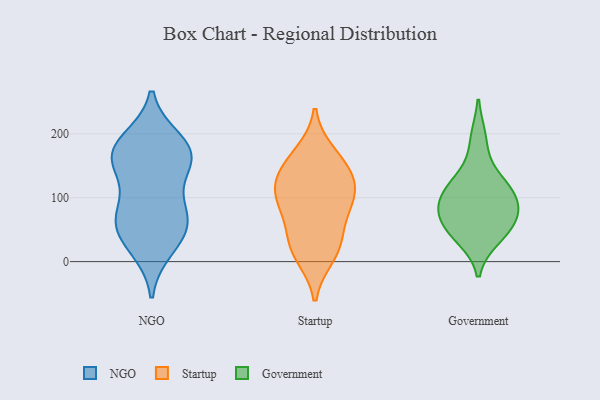
{"axis": {"x": "Inventory Turnover", "y": "Value"}, "legend": ["Government", "NGO", "Startup"], "data": [{"x": "", "y": 42, "type": "NGO"}, {"x": "", "y": 164, "type": "NGO"}, {"x": "", "y": 167, "type": "NGO"}, {"x": "", "y": 76, "type": "NGO"}, {"x": "", "y": 154, "type": "NGO"}, {"x": "", "y": 157, "type": "NGO"}, {"x": "", "y": 188, "type": "NGO"}, {"x": "", "y": 22, "type": "NGO"}, {"x": "", "y": 178, "type": "NGO"}, {"x": "", "y": 49, "type": "NGO"}, {"x": "", "y": 82, "type": "NGO"}, {"x": "", "y": 72, "type": "NGO"}, {"x": "", "y": 149, "type": "Startup"}, {"x": "", "y": 95, "type": "Startup"}, {"x": "", "y": 27, "type": "Startup"}, {"x": "", "y": 121, "type": "Startup"}, {"x": "", "y": 86, "type": "Startup"}, {"x": "", "y": 33, "type": "Startup"}, {"x": "", "y": 11, "type": "Startup"}, {"x": "", "y": 167, "type": "Startup"}, {"x": "", "y": 98, "type": "Startup"}, {"x": "", "y": 135, "type": "Startup"}, {"x": "", "y": 192, "type": "Government"}, {"x": "", "y": 98, "type": "Government"}, {"x": "", "y": 80, "type": "Government"}, {"x": "", "y": 48, "type": "Government"}, {"x": "", "y": 38, "type": "Government"}, {"x": "", "y": 128, "type": "Government"}, {"x": "", "y": 98, "type": "Government"}, {"x": "", "y": 123, "type": "Government"}, {"x": "", "y": 78, "type": "Government"}, {"x": "", "y": 55, "type": "Government"}]}